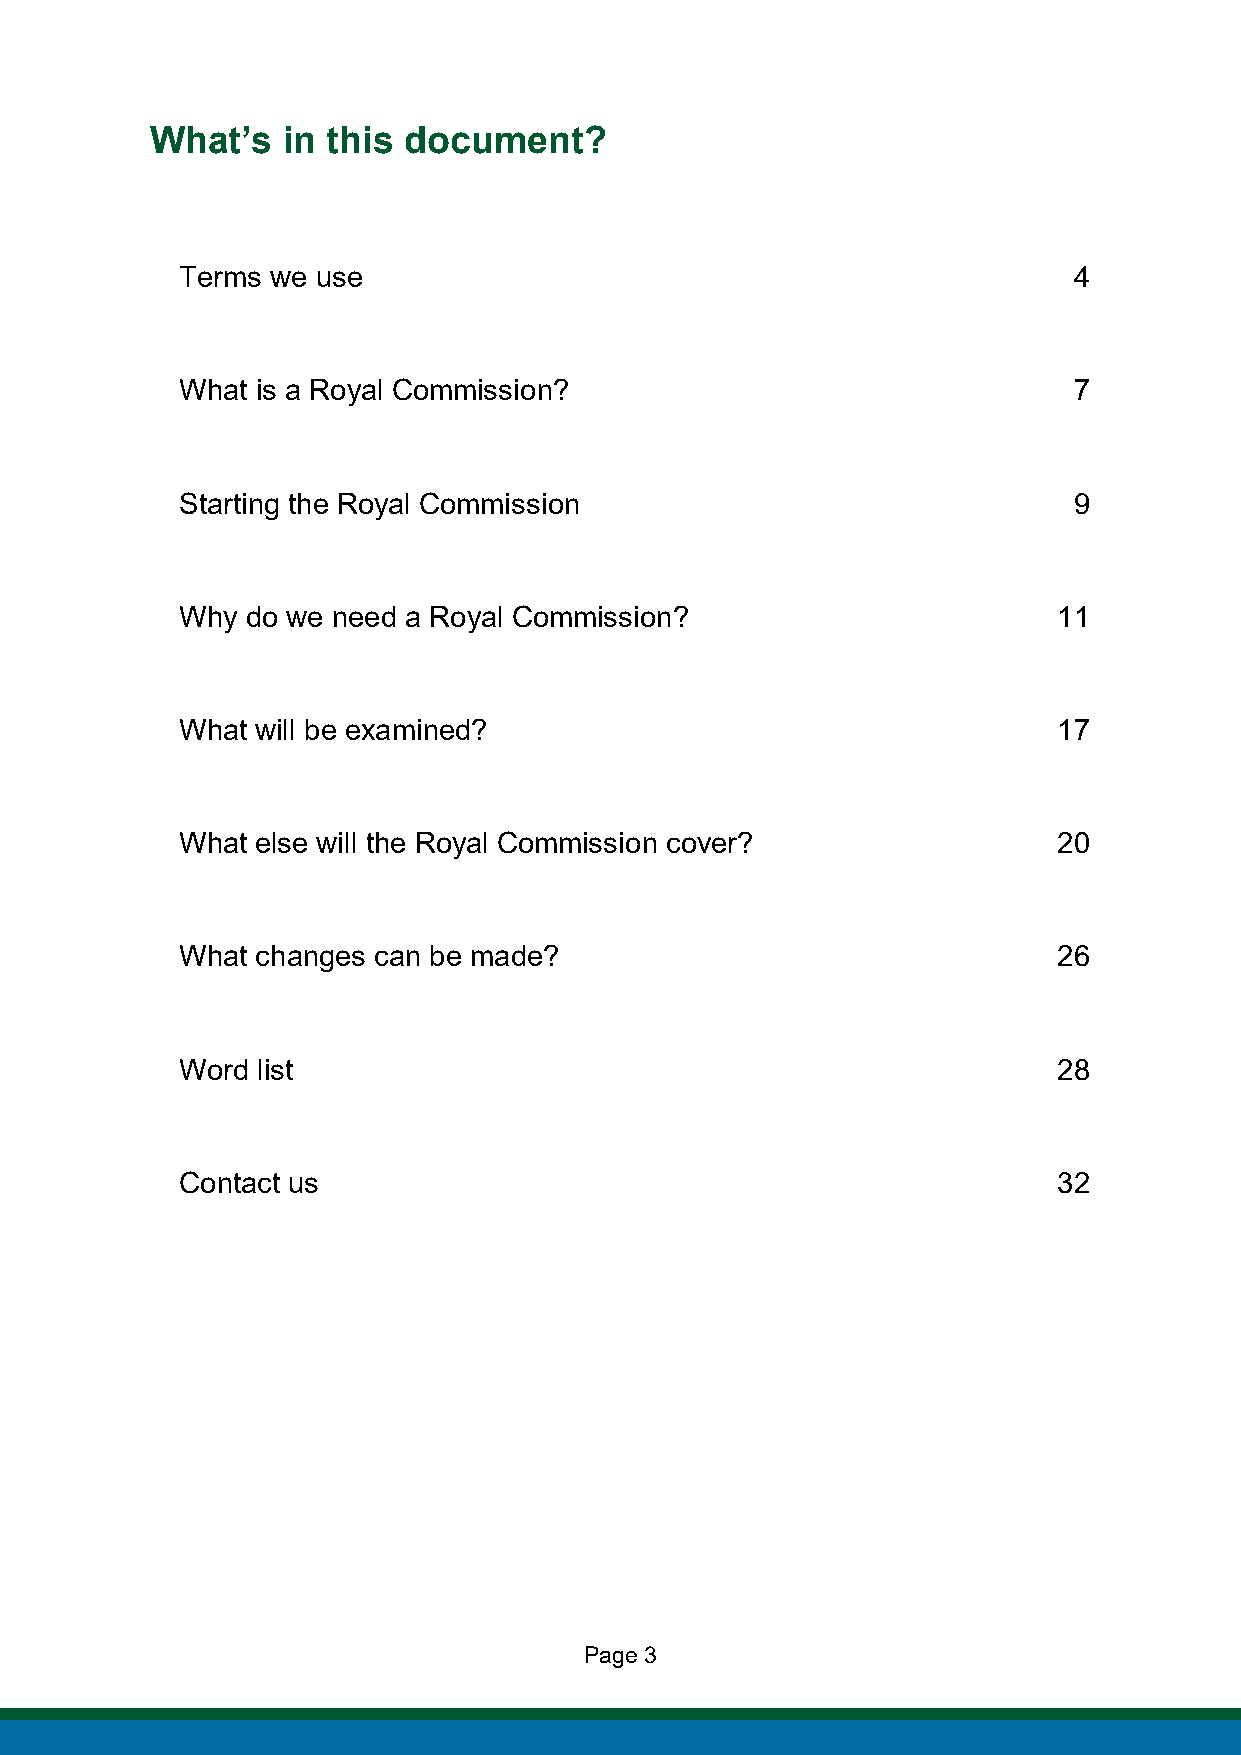
What’s   in this document?
 Terms we use                                               4
 What is a Royal Commission?                                7
 Starting the Royal Commission                              9
 Why do we need a Royal Commission?                        11
 What will be examined?                                    17
 What else will the Royal Commission cover?                20
 What changes can be made?                                 26
 Word list                                                 28
 Contact us                                                32
 Page 3